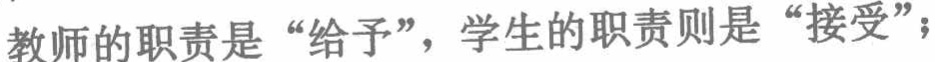
教师的职责是“给予”，学生的职责则是“接受”；